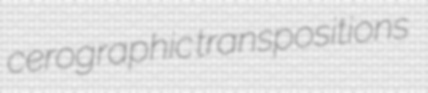
cerographic transpositions